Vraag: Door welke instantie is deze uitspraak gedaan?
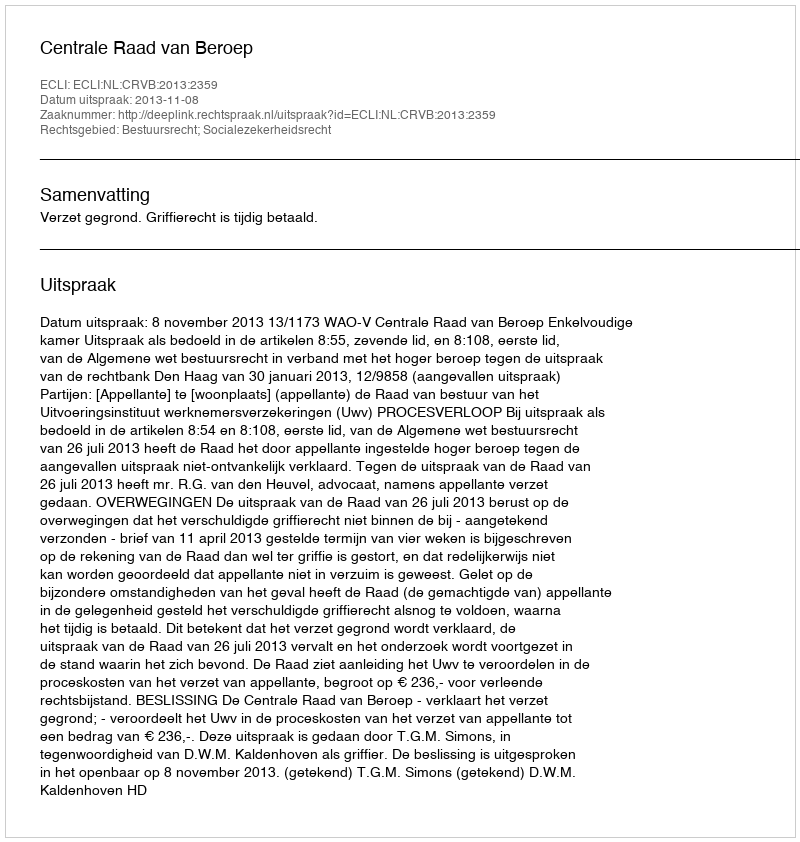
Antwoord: Centrale Raad van Beroep